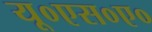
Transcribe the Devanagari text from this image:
यू०एस०ए०